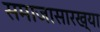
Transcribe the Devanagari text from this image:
समाजासारख्या